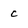
Character: c